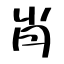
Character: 肖